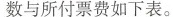
数与所付票费如下表。